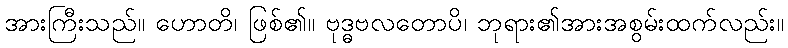
အားကြီးသည်။ ဟောတိ၊ ဖြစ်၏။ ဗုဒ္ဓဗလတောပိ၊ ဘုရား၏အားအစွမ်းထက်လည်း။